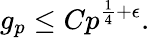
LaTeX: g_{p}\leq Cp^{{\frac{1}{4}}+\epsilon}.